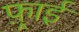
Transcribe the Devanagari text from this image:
फ़्राई